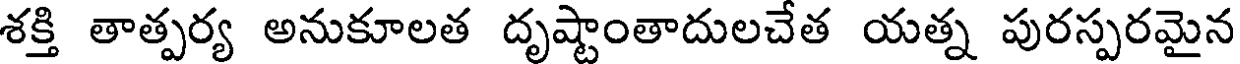
శక్తి తాత్పర్య అనుకూలత దృష్టాంతాదులచేత యత్న పురస్పరమైన